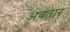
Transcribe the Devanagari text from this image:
अवतार्